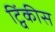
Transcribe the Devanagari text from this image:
ट्विंकीस